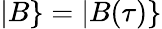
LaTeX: |B\} =|B(\tau)\}